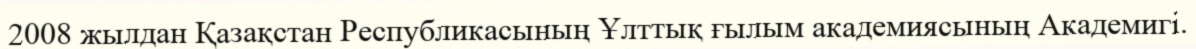
2008 жылдан Қазақстан Республикасының Ұлттық ғылым академиясының Академигі.